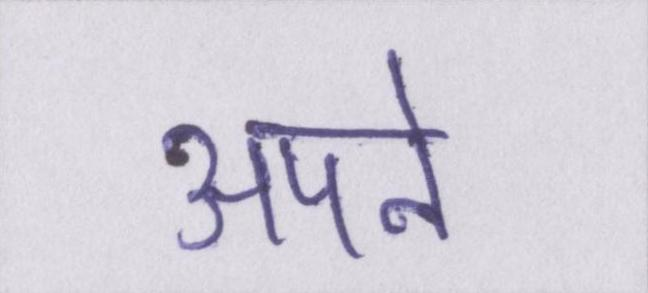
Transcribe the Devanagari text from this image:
अपने